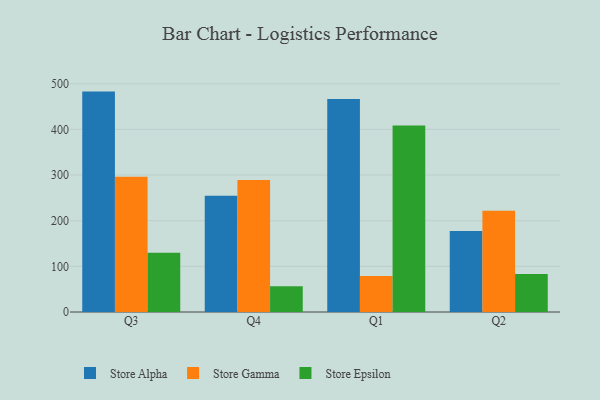
{"axis": {"x": "Quarter", "y": "Humidity (%)"}, "legend": ["Store Alpha", "Store Epsilon", "Store Gamma"], "data": [{"x": "Q3", "y": 482.8, "type": "Store Alpha"}, {"x": "Q3", "y": 296.5, "type": "Store Gamma"}, {"x": "Q3", "y": 130.0, "type": "Store Epsilon"}, {"x": "Q4", "y": 254.8, "type": "Store Alpha"}, {"x": "Q4", "y": 289.3, "type": "Store Gamma"}, {"x": "Q4", "y": 56.5, "type": "Store Epsilon"}, {"x": "Q1", "y": 466.6, "type": "Store Alpha"}, {"x": "Q1", "y": 78.7, "type": "Store Gamma"}, {"x": "Q1", "y": 408.7, "type": "Store Epsilon"}, {"x": "Q2", "y": 177.6, "type": "Store Alpha"}, {"x": "Q2", "y": 221.8, "type": "Store Gamma"}, {"x": "Q2", "y": 83.0, "type": "Store Epsilon"}]}